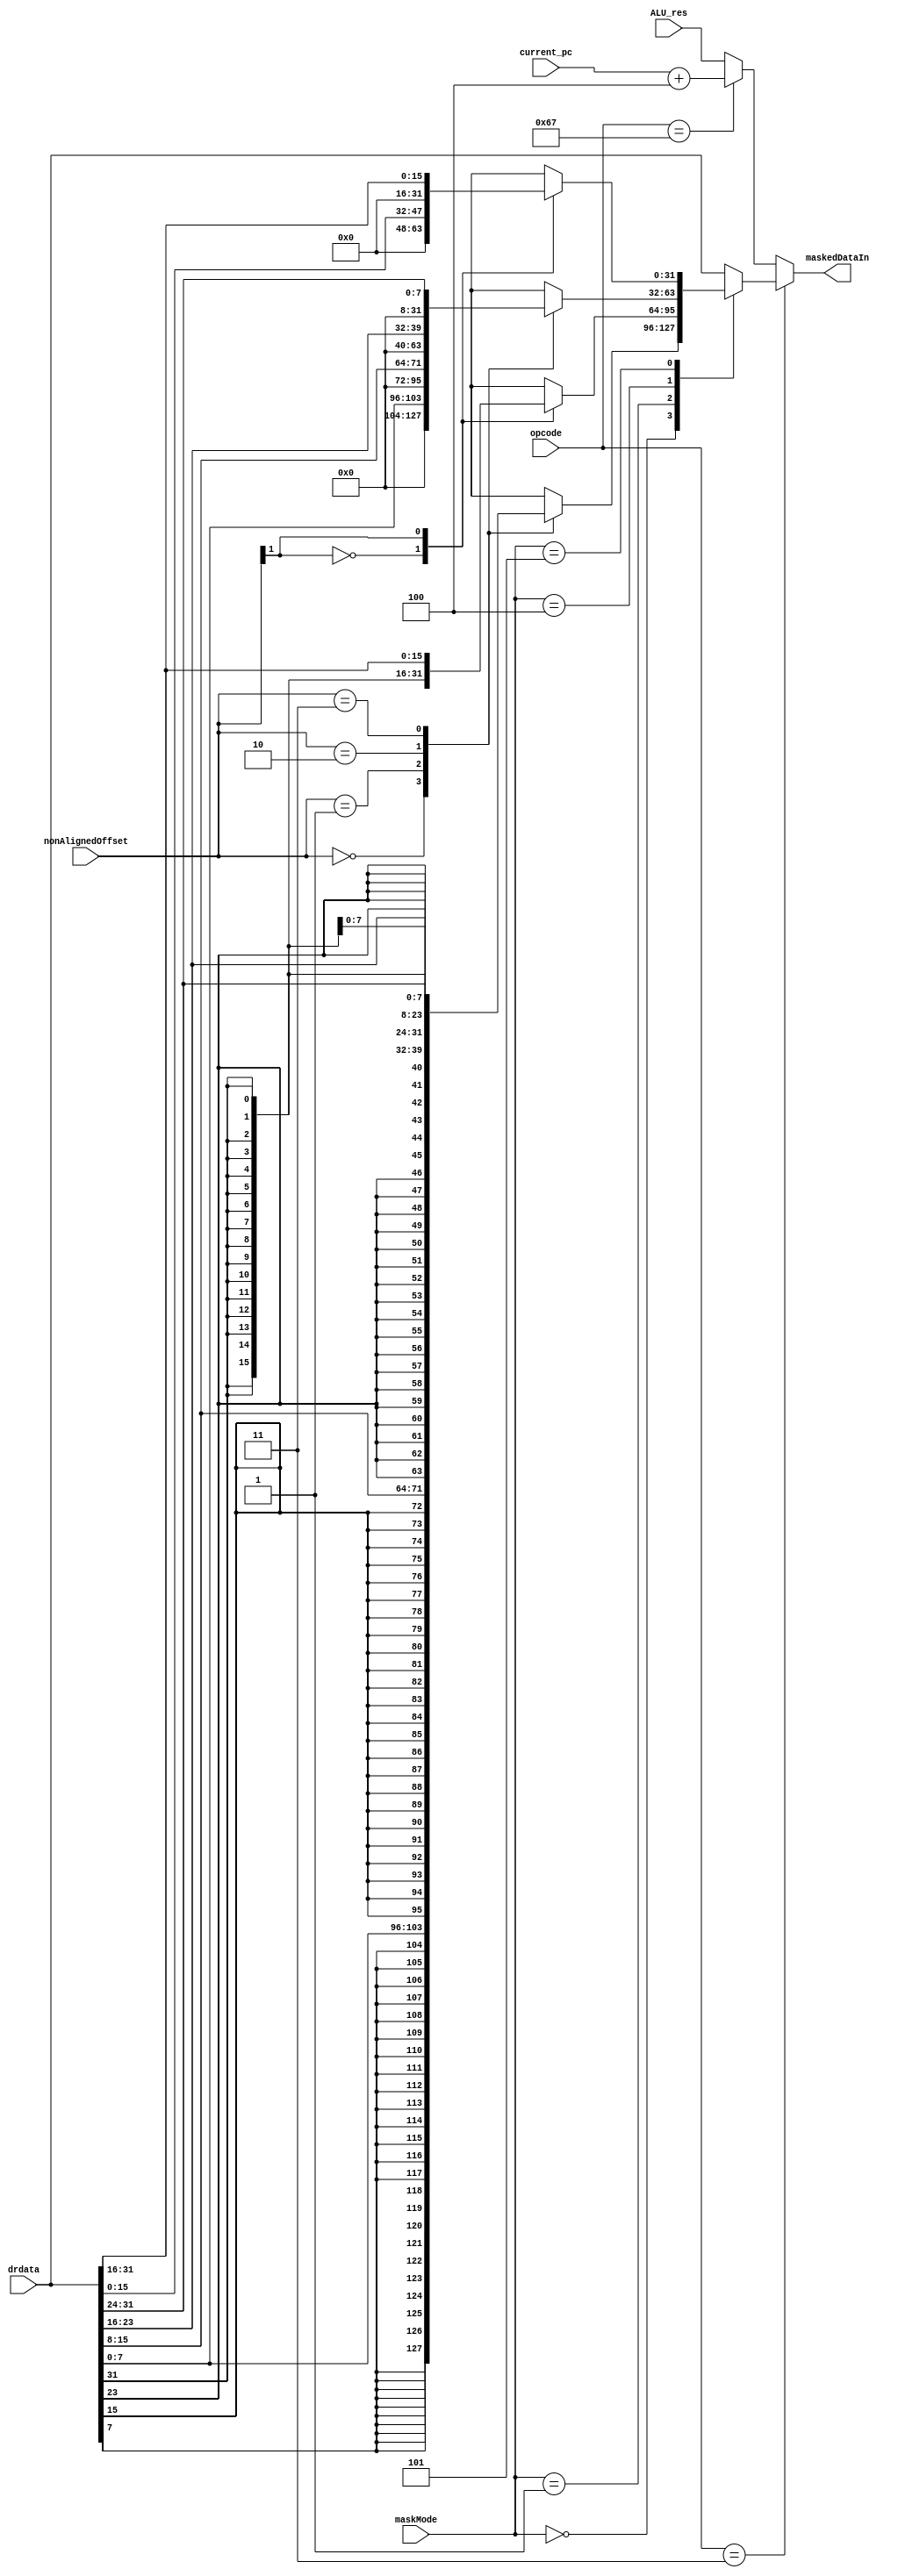
module masker(
    input [6:0] opcode,
    input [31:0] drdata,
    input [31:0] ALU_res,
    input [31:0] current_pc,
    input [2:0] maskMode,
    input [1:0] nonAlignedOffset,
    output [31:0] maskedDataIn
);
    reg [31:0] masked;
    assign maskedDataIn = masked;
    always @(*) begin
        if (opcode == 7'b0000011) begin
            case (maskMode)
                3'b000: begin //LB
                    case(nonAlignedOffset)
                        2'b00: masked = {{24{drdata[7]}}, drdata[7:0]};
                        2'b01: masked = {{24{drdata[15]}}, drdata[15:8]};
                        2'b10: masked = {{24{drdata[23]}}, drdata[23:16]};
                        2'b11: masked = {{24{drdata[31]}}, drdata[31:24]};
                    endcase
                end
                3'b001: begin //LH
                    case(nonAlignedOffset[1])
                        1'b0: masked = {{16{drdata[15]}}, drdata[15:0]};
                        1'b1: masked = {{16{drdata[31]}}, drdata[31:16]};
                    endcase
                end
                3'b100: begin //LBU
                    case(nonAlignedOffset)
                        2'b00: masked = {24'b0, drdata[7:0]};
                        2'b01: masked = {24'b0, drdata[15:8]};
                        2'b10: masked = {24'b0, drdata[23:16]};
                        2'b11: masked = {24'b0, drdata[31:24]};
                    endcase
                end
                3'b101: begin //LHU
                    case(nonAlignedOffset[1])
                        1'b0: masked = {16'b0, drdata[15:0]};
                        1'b1: masked = {16'b0, drdata[31:16]};
                    endcase
                end
                default: masked = drdata; //LW
            endcase
        end
        else if (opcode == 7'b1100111) begin //JALR
            masked = current_pc + 4;
        end
        else masked = ALU_res;
    end
endmodule